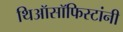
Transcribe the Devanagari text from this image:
थिऑसॉफिस्टांनी